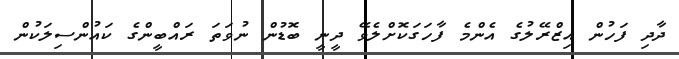
ދާދި ފަހުން އިޒްރޭލުގެ އެންމެ ފާހަގަކޮށްލެވޭ ދީނީ ބޮޑުން ނުވަތަ ރައްބީންގެ ކައުންސިލަކުން